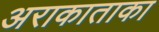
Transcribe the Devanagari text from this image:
अराकाताका